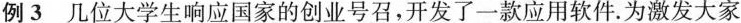
例3 几位大学生响应国家的创业号召，开发了一款应用软件.为激发大家